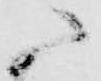
ニ